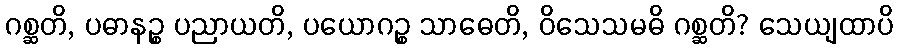
ဂစ္ဆတိ, ပဓာနဉ္စ ပညာယတိ, ပယောဂဉ္စ သာဓေတိ, ဝိသေသမဓိ ဂစ္ဆတိ? သေယျထာပိ